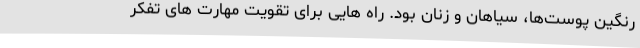
رنگین پوست‌ها، سیاهان و زنان بود. راه هایی برای تقویت مهارت های تفکر